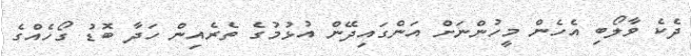
ދެކެ ވާލޯބި އެހެން މީހުންނަށް އަންގައިދޭން އުޅުމުގެ ތެރެއިން ހަދާ ބޮޑު ގޯހެއްގެ